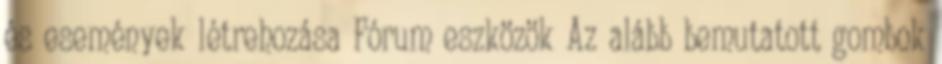
és események létrehozása Fórum eszközök Az alább bemutatott gombok